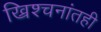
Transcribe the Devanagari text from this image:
ख्रिश्चनांतही